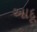
આદૂ